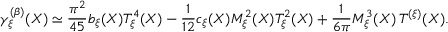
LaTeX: \gamma _ { \xi } ^ { ( \beta ) } ( X ) \simeq \frac { \pi ^ { 2 } } { 4 5 } b _ { \xi } ( X ) { \cal T } _ { \xi } ^ { 4 } ( X ) - \frac { 1 } { 1 2 } c _ { \xi } ( X ) { \cal M } _ { \xi } ^ { 2 } ( X ) { \cal T } _ { \xi } ^ { 2 } ( X ) + \frac { 1 } { 6 \pi } { \cal M } _ { \xi } ^ { 3 } ( X ) \, { \cal T } ^ { ( \xi ) } ( X ) .